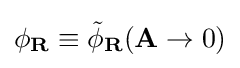
\phi _{\mathbf {R} }\equiv {\tilde {\phi }}_{\mathbf {R} }(\mathbf {A} \to 0)